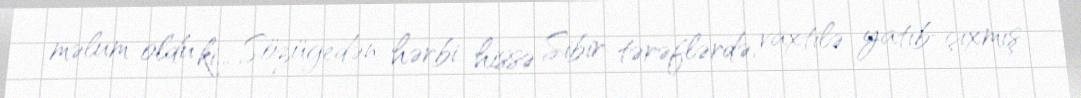
məlum oldu ki... Sözügedən hərbi hissə Sibir tərəflərdə, vaxtilə yatıb-çıxmış